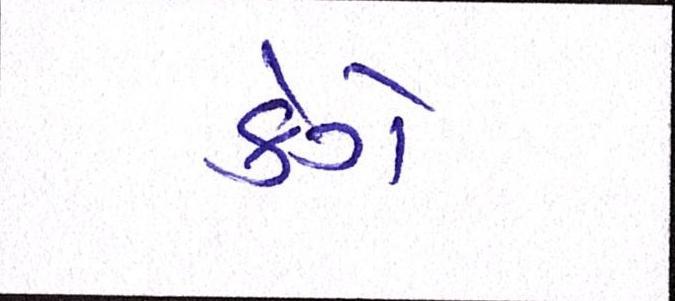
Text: કેગે